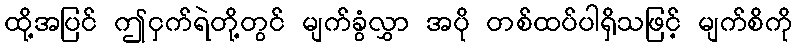
ထို့အပြင် ဤငှက်ရဲတို့တွင် မျက်ခွံလွှာ အပို တစ်ထပ်ပါရှိသဖြင့် မျက်စိကို